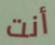
أنت